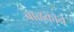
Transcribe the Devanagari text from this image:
बाळकोने